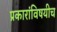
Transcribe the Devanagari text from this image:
प्रकारांविषयीच